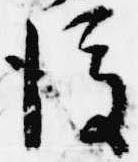
後